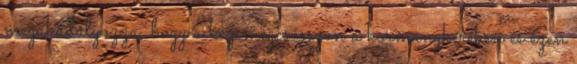
megakadályozza, hogy a kéz megcsússzon a kormánykeréken és ezen